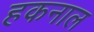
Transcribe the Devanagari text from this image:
हकनाल